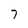
Character: 7